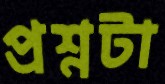
প্রশ্নটা